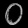
Digit: ၀